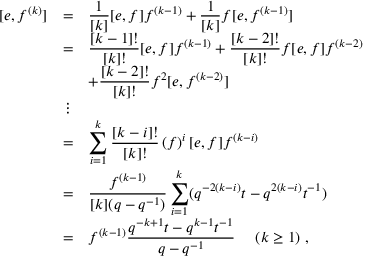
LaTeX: \begin{array} { r c l } { { [ e , f ^ { ( k ) } ] } } & { { = } } & { { \displaystyle \frac { 1 } { [ k ] } [ e , f ] f ^ { ( k - 1 ) } + \frac { 1 } { [ k ] } f [ e , f ^ { ( k - 1 ) } ] } } \\ { { } } & { { = } } & { { \displaystyle \frac { [ k - 1 ] ! } { [ k ] ! } [ e , f ] f ^ { ( k - 1 ) } + \frac { [ k - 2 ] ! } { [ k ] ! } f [ e , f ] f ^ { ( k - 2 ) } } } \\ { { } } & { { } } & { { \displaystyle + \frac { [ k - 2 ] ! } { [ k ] ! } f ^ { 2 } [ e , f ^ { ( k - 2 ) } ] } } \\ { { } } & { { \vdots } } & { { } } \\ { { } } & { { = } } & { { \displaystyle \sum _ { i = 1 } ^ { k } \frac { [ k - i ] ! } { [ k ] ! } \left( f \right) ^ { i } [ e , f ] f ^ { ( k - i ) } } } \\ { { } } & { { = } } & { { \displaystyle \frac { f ^ { ( k - 1 ) } } { [ k ] ( q - q ^ { - 1 } ) } \sum _ { i = 1 } ^ { k } ( q ^ { - 2 ( k - i ) } t - q ^ { 2 ( k - i ) } t ^ { - 1 } ) } } \\ { { } } & { { = } } & { { f ^ { ( k - 1 ) } \displaystyle \frac { q ^ { - k + 1 } t - q ^ { k - 1 } t ^ { - 1 } } { q - q ^ { - 1 } } ~ ~ ~ ~ ( k \geq 1 ) ~ , } } \end{array}